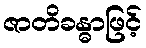
ဇာတိခန္ဓာဖြင့်